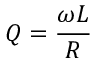
Q = { \frac { \omega L } { R } }